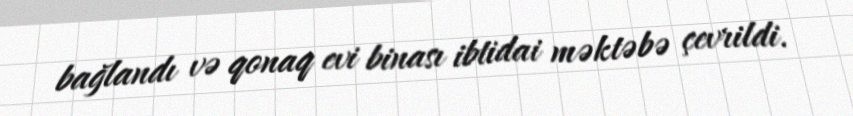
bağlandı və qonaq evi binası ibtidai məktəbə çevrildi.